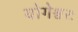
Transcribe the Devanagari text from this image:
योगेश्वरः